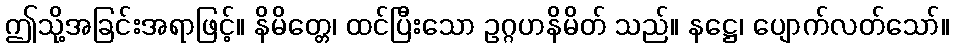
ဤသို့အခြင်းအရာဖြင့်။ နိမိတ္တေ၊ ထင်ပြီးသော ဥဂ္ဂဟနိမိတ် သည်။ နဋ္ဌေ၊ ပျောက်လတ်သော်။